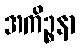
အကိဉ္စနာ